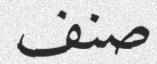
صنف